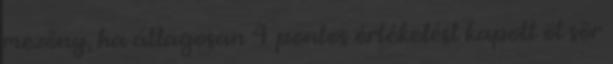
mezőny, ha átlagosan 4 pontos értékelést kapott öt sör